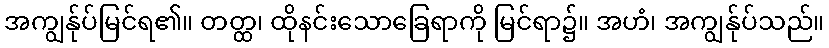
အကျွန်ုပ်မြင်ရ၏။ တတ္ထ၊ ထိုနင်းသောခြေရာကို မြင်ရာ၌။ အဟံ၊ အကျွန်ုပ်သည်။